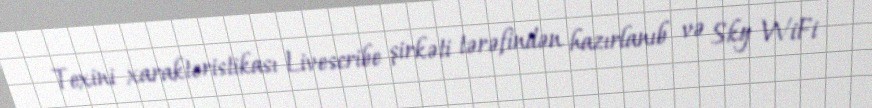
Texini xarakteristikası Livescribe şirkəti tərəfindən hazırlanıb və Sky WiFi